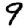
Digit: 9